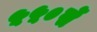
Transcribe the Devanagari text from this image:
५५०सें